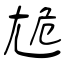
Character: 尯